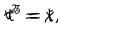
t ^ { 2 } = x , \hspace { 1 c m } t ^ { 3 } = t